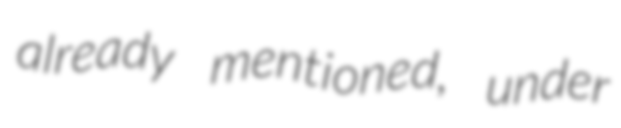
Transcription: already mentioned, under